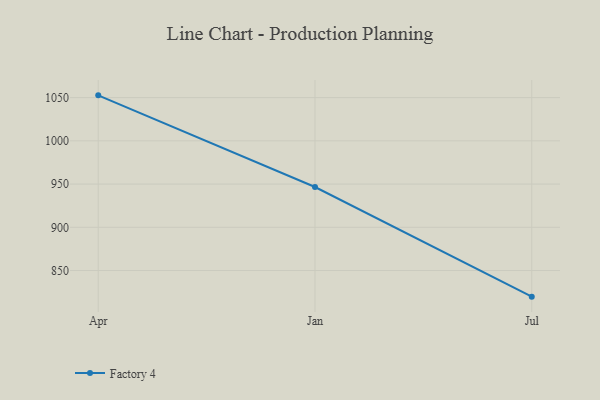
{"axis": {"x": "Month", "y": "Net Income (USD K)"}, "legend": ["Factory 4"], "data": [{"x": "Apr", "y": 1052.6, "type": "Factory 4"}, {"x": "Jan", "y": 946.6, "type": "Factory 4"}, {"x": "Jul", "y": 819.8, "type": "Factory 4"}]}